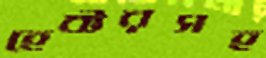
হেক্টরসহ